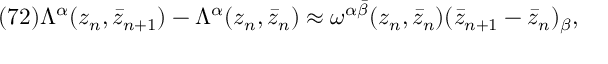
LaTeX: ( 7 2 ) \Lambda ^ { \alpha } ( z _ { n } , \bar { z } _ { n + 1 } ) - \Lambda ^ { \alpha } ( z _ { n } , \bar { z } _ { n } ) \approx \omega ^ { \alpha \bar { \beta } } ( z _ { n } , \bar { z } _ { n } ) ( \bar { z } _ { n + 1 } - \bar { z } _ { n } ) _ { \beta } ,